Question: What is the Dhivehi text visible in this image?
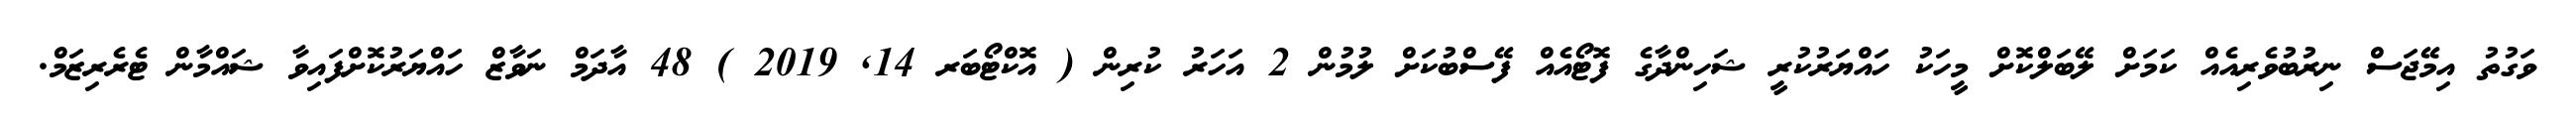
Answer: ވަގުތު އިމޭޖަސް ނިރުބުވެރިއެއް ކަމަށް ލޭބަލްކޮށް މީހަކު ހައްޔަރުކުރީ ޝަހިންދާގެ ފޮޓޯއެއް ފޭސްބުކަށް ލުމުން 2 އަހަރު ކުރިން ( އޮކްޓޯބަރ 14, 2019 ) 48 އާދަމް ނަވާޒް ހައްޔަރުކޮށްފައިވާ ޝައްމާން ޓެރެރިޒަމް.